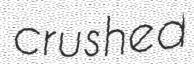
crushed